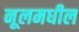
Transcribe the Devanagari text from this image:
नूलमधील